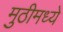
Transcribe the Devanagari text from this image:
मुठीमध्ये